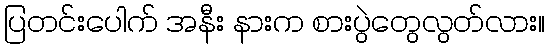
ပြတင်းပေါက် အနီး နားက စားပွဲတွေလွတ်လား။